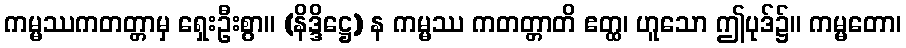
ကမ္မဿကတတ္တာမှ ရှေးဦးစွာ။ (နိဒ္ဒိဋ္ဌေ) န ကမ္မဿ ကတတ္တာတိ ဧတ္ထ၊ ဟူသော ဤပုဒ်၌။ ကမ္မတော၊